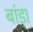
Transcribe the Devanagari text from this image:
बांड़ा